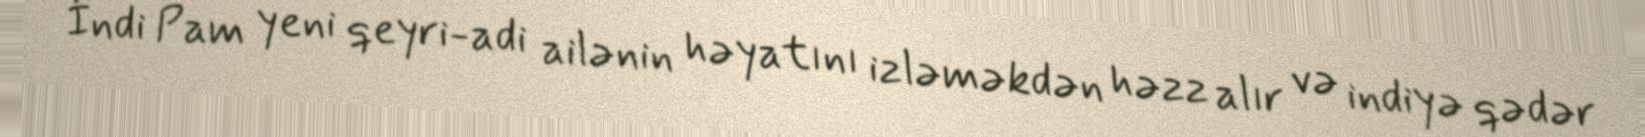
İndi Pam yeni qeyri-adi ailənin həyatını izləməkdən həzz alır və indiyə qədər